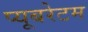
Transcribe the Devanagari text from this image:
प्यूबरेटम